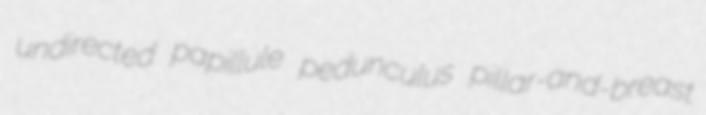
undirected papillule pedunculus pillar-and-breast